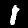
Label: 1